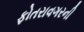
ફોતરાવગરની